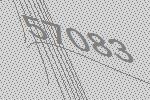
57083